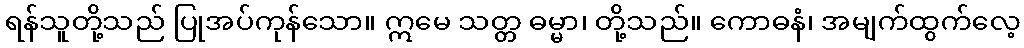
ရန်သူတို့သည် ပြုအပ်ကုန်သော။ ဣမေ သတ္တ ဓမ္မာ၊ တို့သည်။ ကောဓနံ၊ အမျက်ထွက်လေ့